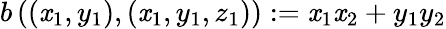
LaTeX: b\left(\left(\mathit{x}_{1},y_{1}\right),\left(\mathit{x}_{1},y_{1},z_{1}\right)\right):=\mathit{x}_{1}\mathit{x}_{2}+y_{1}y_{2}